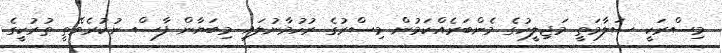
މިސްރަކީ ސަލާމަތީ މަޖިލީހުގެ މެންބަރެއްކަމުން މިސްރުގެ ރުހުމާނުލައި މިބަޔާން ފާސް ނުކުރެވޭތީ ތުރުކީގެ